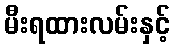
မီးရထားလမ်းနှင့်